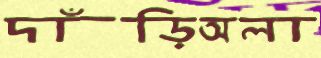
দাঁড়িঅলা